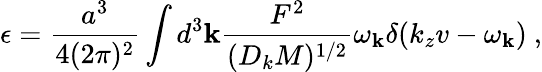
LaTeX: \epsilon=\frac{a^{3}}{4(2\pi)^{2}}\int{d^{3}{\mathbf k}\frac{F^{2}}{(D_{k}M)^{1/2}}\omega_{\mathbf k}\delta(k_{z}v-\omega_{\mathbf k})}~,